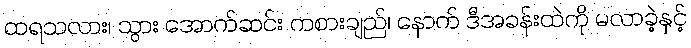
ထရသလား၊ သွား အောက်ဆင်း ကစားချည်၊ နောက် ဒီအခန်းထဲကို မလာခဲ့နှင့်